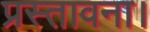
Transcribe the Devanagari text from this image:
प्रस्तावना।